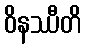
ဝိနဿီတိ